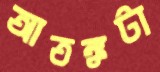
আতঙ্কটা